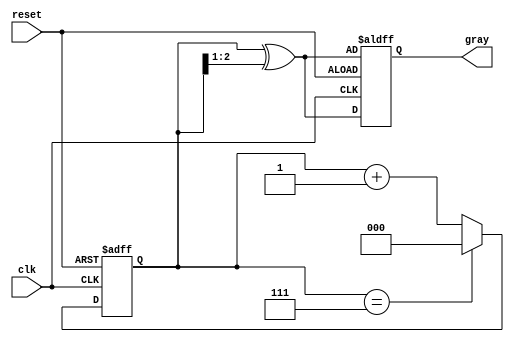
module gray_code_counter (
    input wire clk,         // Clock signal
    input wire reset,       // Asynchronous reset signal
    output reg [2:0] gray   // 3-bit Gray Code output
);

    // Internal binary counter
    reg [2:0] binary_count;

    // Binary to Gray Code conversion function
    function [2:0] binary_to_gray;
        input [2:0] binary;
        begin
            binary_to_gray = binary ^ (binary >> 1);
        end
    endfunction

    // Sequential logic for counting
    always @(posedge clk or posedge reset) begin
        if (reset) begin
            // Reset to initial Gray Code value (000 in Gray Code)
            binary_count <= 3'b000;
            gray <= binary_to_gray(binary_count);
        end else begin
            // Increment the binary counter
            binary_count <= binary_count + 1'b1;

            // Wrap around after reaching 7 (binary 111)
            if (binary_count == 3'b111) begin
                binary_count <= 3'b000;
            end

            // Update Gray Code output
            gray <= binary_to_gray(binary_count);
        end
    end

endmodule